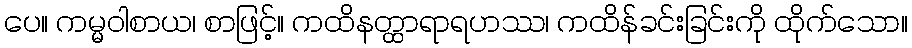
ပေ။ ကမ္မဝါစာယ၊ စာဖြင့်။ ကထိနတ္ထာရာရဟဿ၊ ကထိန်ခင်းခြင်းကို ထိုက်သော။